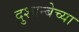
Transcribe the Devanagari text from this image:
दुशान्बेच्या